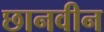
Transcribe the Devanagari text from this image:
छानवीन